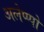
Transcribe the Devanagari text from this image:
अलेप्प्पो